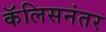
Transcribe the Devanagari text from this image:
कॅलिसनंतर